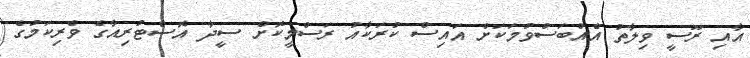
އާއި ރޫސީ ވިލާތު އެއްބަސްވުމަކަށް އައިސް ކުރަކާއު ރަސްމީކޮށް ސީދާ އޮސްޓުރިއާގެ ވެރިކަމުގެ